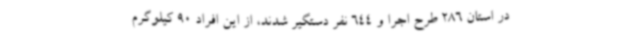
در استان 286 طرح اجرا و 644 نفر دستگیر شدند، از این افراد 90 کیلوگرم